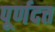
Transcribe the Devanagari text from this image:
पूर्णदत्त